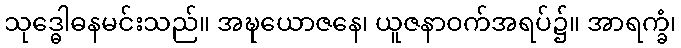
သုဒ္ဓေါဓနမင်းသည်။ အဍ္ဎယောဇနေ၊ ယူဇနာဝက်အရပ်၌။ အာရက္ခံ၊